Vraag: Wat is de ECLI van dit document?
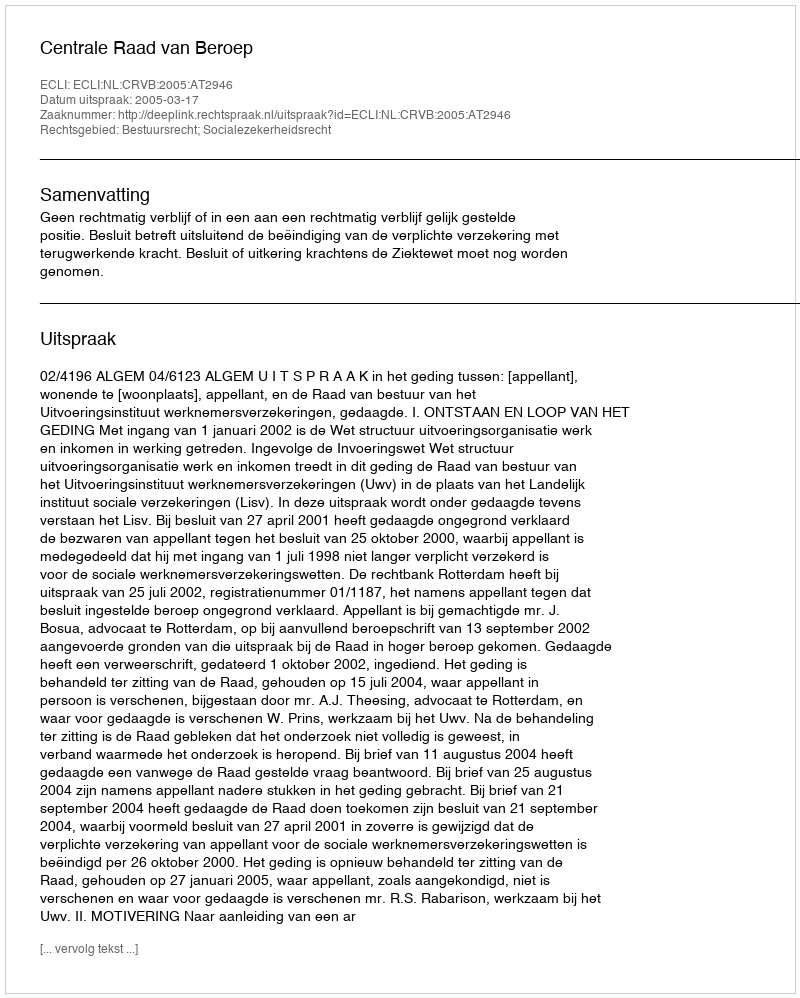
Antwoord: ECLI:NL:CRVB:2005:AT2946